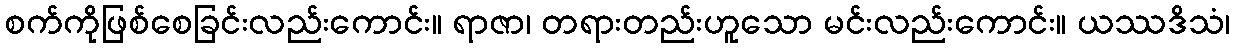
စက်ကိုဖြစ်စေခြင်းလည်းကောင်း။ ရာဇာ၊ တရားတည်းဟူသော မင်းလည်းကောင်း။ ယဿဒိသံ၊